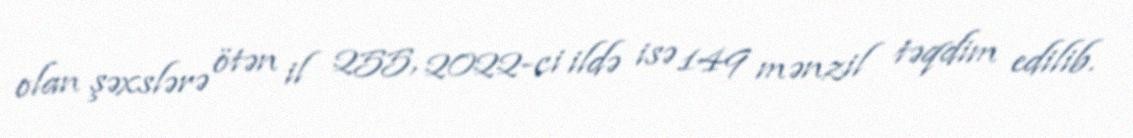
olan şəxslərə ötən il 255, 2022-ci ildə isə 149 mənzil təqdim edilib.